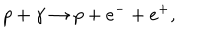
LaTeX: p + \gamma \rightarrow p + e ^ { - } + e ^ { + } ,